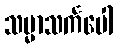
သမ္မာသင်္ကပေါ